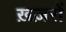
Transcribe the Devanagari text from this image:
ख़ज़रों